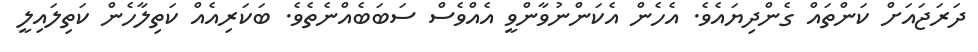
ދަރަޖައަށް ކަންތައް ގެންދިޔައެވެ. އެހެން އެކަންނުވާންވީ އެއްވެސް ސަބަބެއްނެތެވެ. ބަކަރިއެއް ކަތިލާހެން ކަތިލައިލީ